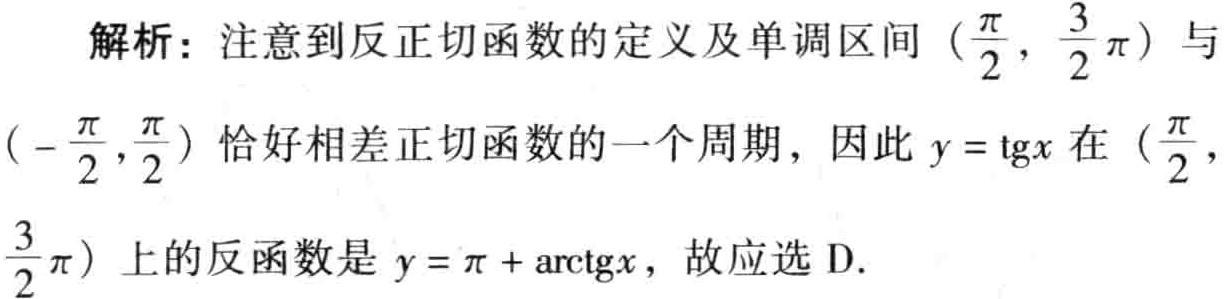
解析：注意到反正切函数的定义及单调区间\((\frac{\pi}{2}, \frac{3}{2}\pi)\)与\((-\frac{\pi}{2},\frac{\pi}{2})\)恰好相差正切函数的一个周期，因此\(y = \text{tg}x\)在\((\frac{\pi}{2},\frac{3}{2}\pi)\)上的反函数是\(y = \pi + \text{arctg}x\)，故应选D.